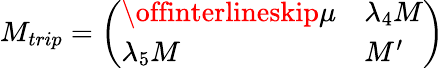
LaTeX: M_{trip}=\left(\begin{array}{ll}{{\offinterlineskip{\mu}}}&{{\lambda_{4}M}}\\ {{\lambda_{5}M}}&{{{M^{\prime}}}}\end{array}\right)